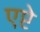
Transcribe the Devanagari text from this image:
एप्टे